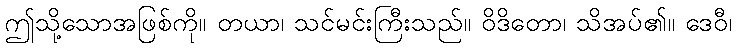
ဤသို့သောအဖြစ်ကို။ တယာ၊ သင်မင်းကြီးသည်။ ဝိဒိတော၊ သိအပ်၏။ ဒေဝီ၊